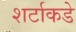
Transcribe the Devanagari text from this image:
शर्टाकडे